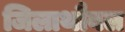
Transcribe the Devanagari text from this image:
जिलाथौबल